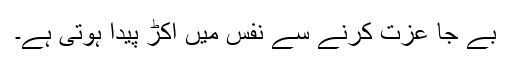
بے جا عزت کرنے سے نفس میں اکڑ پیدا ہوتی ہے۔